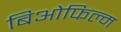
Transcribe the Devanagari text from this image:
बिओफिल्म